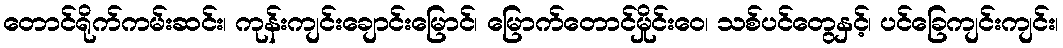
တောင်ရိုက်ကမ်းဆင်း၊ ကုန်းကျင်းချောင်းမြောင်၊ မြောက်တောင်မှိုင်းဝေ၊ သစ်ပင်တွေနှင့်၊ ပင်ခြေကျင်းကျင်း၊